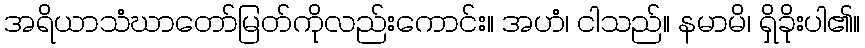
အရိယာသံဃာတော်မြတ်ကိုလည်းကောင်း။ အဟံ၊ ငါသည်။ နမာမိ၊ ရှိခိုးပါ၏။